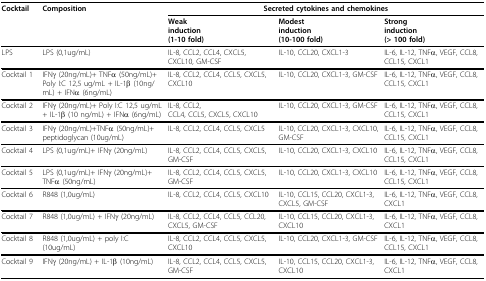
<table><thead><tr><td><b>Cocktail</b></td><td><b>Composition</b></td><td colspan="3"><b>Secreted cytokines and chemokines</b></td></tr><tr><td></td><td></td><td><b>Weakinduction(1-10 fold)</b></td><td><b>Modestinduction(10-100 fold)</b></td><td><b>Stronginduction(&gt; 100 fold)</b></td></tr></thead><tbody><tr><td>LPS</td><td>LPS (0,1ug/mL)</td><td>IL-8, CCL2, CCL4, CXCL5, CXCL10, GM-CSF</td><td>IL-10, CCL20, CXCL1-3</td><td>IL-6, IL-12, TNFα, VEGF, CCL8, CCL15, CXCL1</td></tr><tr><td>Cocktail 1</td><td>IFNγ (20ng/mL)+ TNFα (50ng/mL)+ Poly I:C 12,5 ug/mL + IL-1β (10ng/mL) + IFNα (6ng/mL)</td><td>IL-8, CCL2, CCL4, CCL5, CXCL5, CXCL10</td><td>IL-10, CCL20, CXCL1-3, GM-CSF</td><td>IL-6, IL-12, TNFα, VEGF, CCL8, CCL15, CXCL1</td></tr><tr><td>Cocktail 2</td><td>IFNγ (20ng/mL)+ Poly I:C 12,5 ug/mL + IL-1β (10 ng/mL) + IFNα (6ng/mL)</td><td>IL-8, CCL2,CCL4, CCL5, CXCL5, CXCL10</td><td>IL-10, CCL20, CXCL1-3, GM-CSF</td><td>IL-6, IL-12, TNFα, VEGF, CCL8, CCL15, CXCL1</td></tr><tr><td>Cocktail 3</td><td>IFNγ (20ng/mL)+TNFα (50ng/mL)+ peptidoglycan (10ug/mL)</td><td>IL-8, CCL2, CCL4, CCL5, CXCL5</td><td>IL-10, CCL20, CXCL1-3, CXCL10, GM-CSF</td><td>IL-6, IL-12, TNFα, VEGF, CCL8, CCL15, CXCL1</td></tr><tr><td>Cocktail 4</td><td>LPS (0,1ug/mL)+ IFNγ (20ng/mL)</td><td>IL-8, CCL2, CCL4, CCL5, CXCL5, GM-CSF</td><td>IL-10, CCL20, CXCL1-3, CXCL10</td><td>IL-6, IL-12, TNFα, VEGF, CCL8, CCL15, CXCL1</td></tr><tr><td>Cocktail 5</td><td>LPS (0,1ug/mL)+ IFNγ (20ng/mL)+ TNFα (50ng/mL)</td><td>IL-8, CCL2, CCL4, CCL5, CXCL5, GM-CSF</td><td>IL-10, CCL20, CXCL1-3, CXCL10</td><td>IL-6, IL-12, TNFα, VEGF, CCL8, CCL15, CXCL1</td></tr><tr><td>Cocktail 6</td><td>R848 (1,0ug/mL)</td><td>IL-8, CCL2, CCL4, CCL5, CXCL10</td><td>IL-10, CCL15, CCL20, CXCL1-3, CXCL5, GM-CSF</td><td>IL-6, IL-12, TNFα, VEGF, CCL8, CXCL1</td></tr><tr><td>Cocktail 7</td><td>R848 (1,0ug/mL) + IFNγ (20ng/mL)</td><td>IL-8, CCL2, CCL4, CCL5, CCL20, CXCL5, GM-CSF</td><td>IL-10, CCL15, CCL20, CXCL1-3, CXCL10</td><td>IL-6, IL-12, TNFα, VEGF, CCL8, CXCL1</td></tr><tr><td>Cocktail 8</td><td>R848 (1,0ug/mL) + poly I:C (10ug/mL)</td><td>IL-8, CCL2, CCL4, CCL5, CXCL5, CXCL10</td><td>IL-10, CCL20, CXCL1-3, GM-CSF</td><td>IL-6, IL-12, TNFα, VEGF, CCL8, CCL15, CXCL1</td></tr><tr><td>Cocktail 9</td><td>IFNγ (20ng/mL) + IL-1β (10ng/mL)</td><td>IL-8, CCL2, CCL4, CCL5, CXCL5, GM-CSF</td><td>IL-10, CCL15, CCL20, CXCL1-3, CXCL10</td><td>IL-6, IL-12, TNFα, VEGF, CCL8, CXCL1</td></tr></tbody></table>